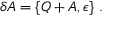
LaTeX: \delta A = \{ Q + A , \epsilon \} ~ .